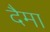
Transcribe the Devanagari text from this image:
दैमा